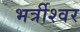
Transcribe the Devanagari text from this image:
भर्त्रीश्वर